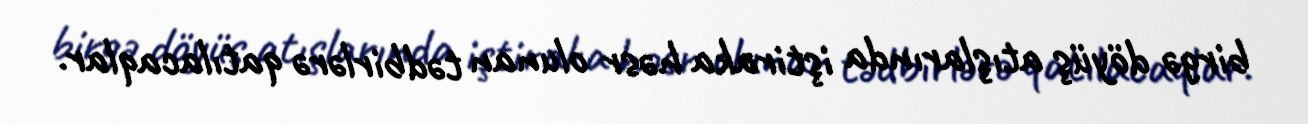
birgə döyüş atışlarında iştiraka həsr olunan tədbirlərə qatılacaqlar.